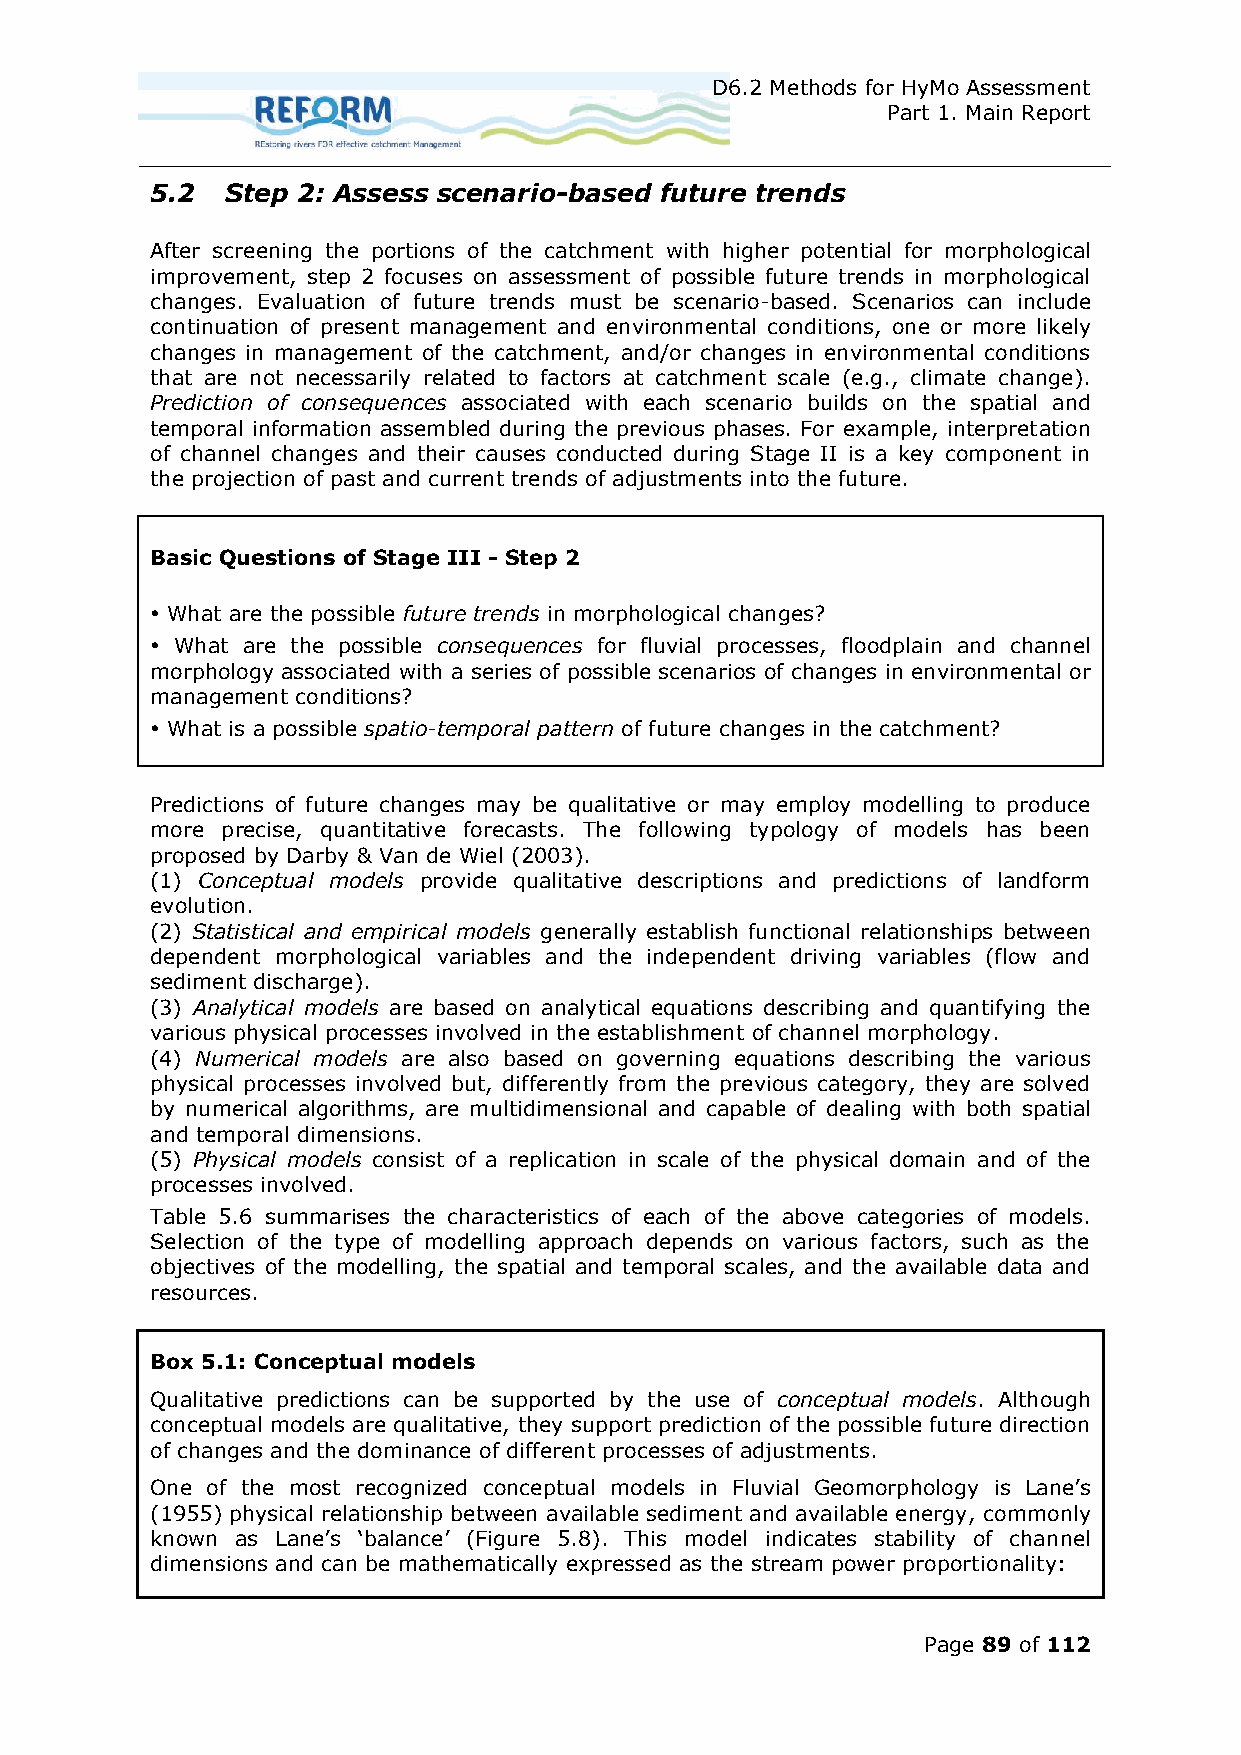
D6.2 Methods for HyMo Assessment
 Part 1. Main Report
 5.2  Step 2: Assess scenario-based future trends
 After screening the portions of the catchment with higher potential for morphological
 improvement, step 2 focuses on assessment of possible future trends in morphological
 changes. Evaluation of future trends must be scenario-based. Scenarios can include
 continuation of present management and environmental conditions, one or more likely
 changes in management of the catchment, and/or changes in environmental conditions
 that are not necessarily related to factors at catchment scale (e.g., climate change).
 Prediction of consequences associated with each scenario builds on the spatial and
 temporal information assembled during the previous phases. For example, interpretation
 of channel changes and their causes conducted during Stage II is a key component in
 the projection of past and current trends of adjustments into the future.
 Basic Questions of Stage III - Step 2
  What are the possible future trends in morphological changes?
  What are the possible consequences for fluvial processes, floodplain and channel
 morphology associated with a series of possible scenarios of changes in environmental or
 management conditions?
  What is a possible spatio-temporal pattern of future changes in the catchment?
 Predictions of future changes may be qualitative or may employ modelling to produce
 more precise, quantitative forecasts. The following typology of models has been
 proposed by Darby & Van de Wiel (2003).
 (1) Conceptual models provide qualitative descriptions and predictions of landform
 evolution.
 (2) Statistical and empirical models generally establish functional relationships between
 dependent morphological variables and the independent driving variables (flow and
 sediment discharge).
 (3) Analytical models are based on analytical equations describing and quantifying the
 various physical processes involved in the establishment of channel morphology.
 (4) Numerical models are also based on governing equations describing the various
 physical processes involved but, differently from the previous category, they are solved
 by numerical algorithms, are multidimensional and capable of dealing with both spatial
 and temporal dimensions.
 (5) Physical models consist of a replication in scale of the physical domain and of the
 processes involved.
 Table 5.6 summarises the characteristics of each of the above categories of models.
 Selection of the type of modelling approach depends on various factors, such as the
 objectives of the modelling, the spatial and temporal scales, and the available data and
 resources.
 Box 5.1: Conceptual models
 Qualitative predictions can be supported by the use of conceptual models. Although
 conceptual models are qualitative, they support prediction of the possible future direction
 of changes and the dominance of different processes of adjustments.
 One of the most recognized conceptual models in Fluvial Geomorphology is Lane’s
 (1955) physical relationship between available sediment and available energy, commonly
 known as Lane’s ‘balance’ (Figure 5.8). This model indicates stability of channel
 dimensions and can be mathematically expressed as the stream power proportionality:
 Page 89 of 112